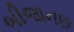
બીજાનછ